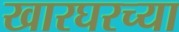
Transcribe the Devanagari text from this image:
खारघरच्या